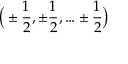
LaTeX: { \bigl ( } \pm { \frac { 1 } { 2 } } , \pm { \frac { 1 } { 2 } } , \ldots \pm { \frac { 1 } { 2 } } { \bigr ) }